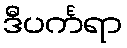
ဒီပင်္ကရာ